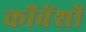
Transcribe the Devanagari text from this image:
कोंवेंशों